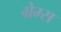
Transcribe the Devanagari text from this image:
ग्रेम्स